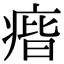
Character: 㾬